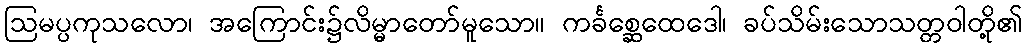
ဩမပ္ပကုသလော၊ အကြောင်း၌လိမ္မာတော်မူသော။ ကင်္ခစ္ဆေထေဒေါ၊ ခပ်သိမ်းသောသတ္တဝါတို့၏